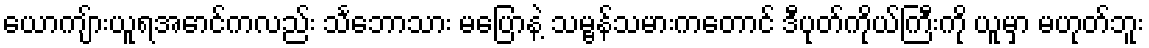
ယောကျ်ားယူရအောင်ကလည်း သင်္ဘောသား မပြောနဲ့ သမ္ဗန်သမားကတောင် ဒီပုတ်ကိုယ်ကြီးကို ယူမှာ မဟုတ်ဘူး